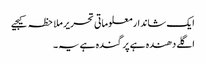
ایک شاندار معلوماتی تحریر ملاحظہ کیجیے
اگلے دھندہ ہے پر گندہ ہے یہ ۔